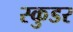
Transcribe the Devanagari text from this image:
स्कुडर